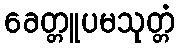
ခေတ္တူပမသုတ္တံ